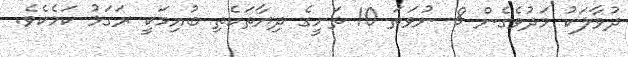
ދުވާލަކު މަދުވެގެން 8 ނުވަތަ 10 ތަށީގެ ދިޔާތަކެތި ބުއިމަކީ ރަގަޅު ކަމެކެވެ.